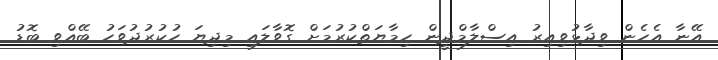
އޭނާ އެހެން ވިދާޅުވިއިރު އިސްލާމްދީން ހިމާޔަތްކުރުމަށް ގޮވާލައި މިދިޔަ ހުކުރުދުވަހު ބޭއްވި ބޮޑު